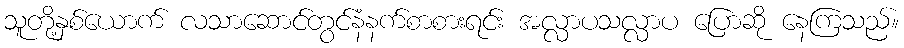
သူတို့နှစ်ယောက် လသာဆောင်တွင်နံနက်စာစားရင်း အလ္လာပသလ္လာပ ပြောဆို နေကြသည်။